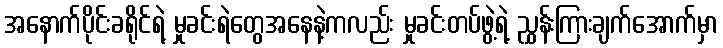
အနောက်ပိုင်းခရိုင်ရဲ့ မှုခင်းရဲတွေအနေနဲ့ကလည်း မှုခင်းတပ်ဖွဲ့ရဲ့ ညွှန်းကြားချက်အောက်မှာ